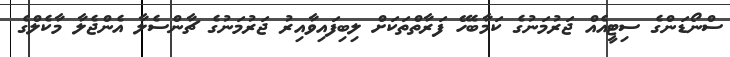
ސްނޯޑަންގެ ސިޓީއެއް ޖަރުމަނުގެ ކަމާބެހޭ ފަރާތްތަކަށް ލިބިފައިވާއިރު ޖަރުމަނުގެ ޗާންސެލާ އެންޖެލާ މާކެލްގެ